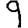
Digit: 9